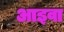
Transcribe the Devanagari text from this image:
आइवा